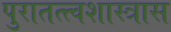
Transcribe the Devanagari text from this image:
पुरातत्त्वशास्त्रास